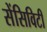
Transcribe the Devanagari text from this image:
सेंसिविटी